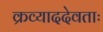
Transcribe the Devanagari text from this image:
क्रव्याददेवताः